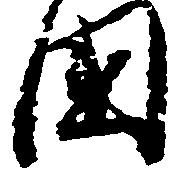
国